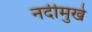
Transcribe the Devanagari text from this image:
नदीमुखे